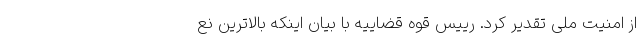
از امنیت ملی تقدیر کرد. رییس قوه قضاییه با بیان اینکه بالاترین نع